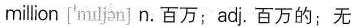
million ['mɪljən] n. 百万;adj.百万的;无